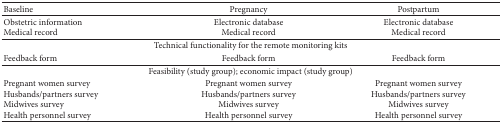
| Baseline | Pregnancy | Postpartum |
 | --- | --- | --- |
 | Obstetric informationMedical record | Electronic databaseMedical record | Electronic databaseMedical record |
 | <COLSPAN=3> Technical functionality for the remote monitoring kits |
 | Feedback form | Feedback form | Feedback form |
 | <COLSPAN=3> Feasibility (study group); economic impact (study group) |
 | Pregnant women survey Husbands/partners surveyMidwives surveyHealth personnel survey | Pregnant women survey Husbands/partners surveyMidwives surveyHealth personnel survey | Pregnant women surveyHusbands/partners surveyMidwives surveyHealth personnel survey |